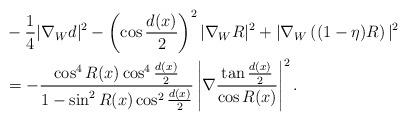
LaTeX: \begin{align*}&- \frac{1}{4} | \nabla_W d|^2- \left(\cos \frac{d(x)}{2}\right)^2 |\nabla_W R|^2 + | \nabla_W \left((1-\eta) R \right)|^2 \\&= -\frac{\cos^4R(x) \cos^4 \frac{d(x)}{2}}{1-\sin^2 R(x) \cos^2 \frac{d(x)}{2}} \left| \nabla \frac{\tan\frac{d(x)}{2}}{\cos R(x)}\right|^2.\end{align*}